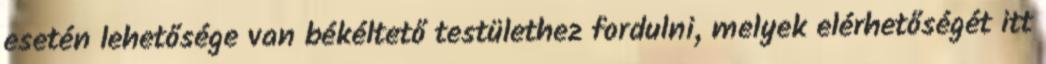
esetén lehetősége van békéltető testülethez fordulni, melyek elérhetőségét itt